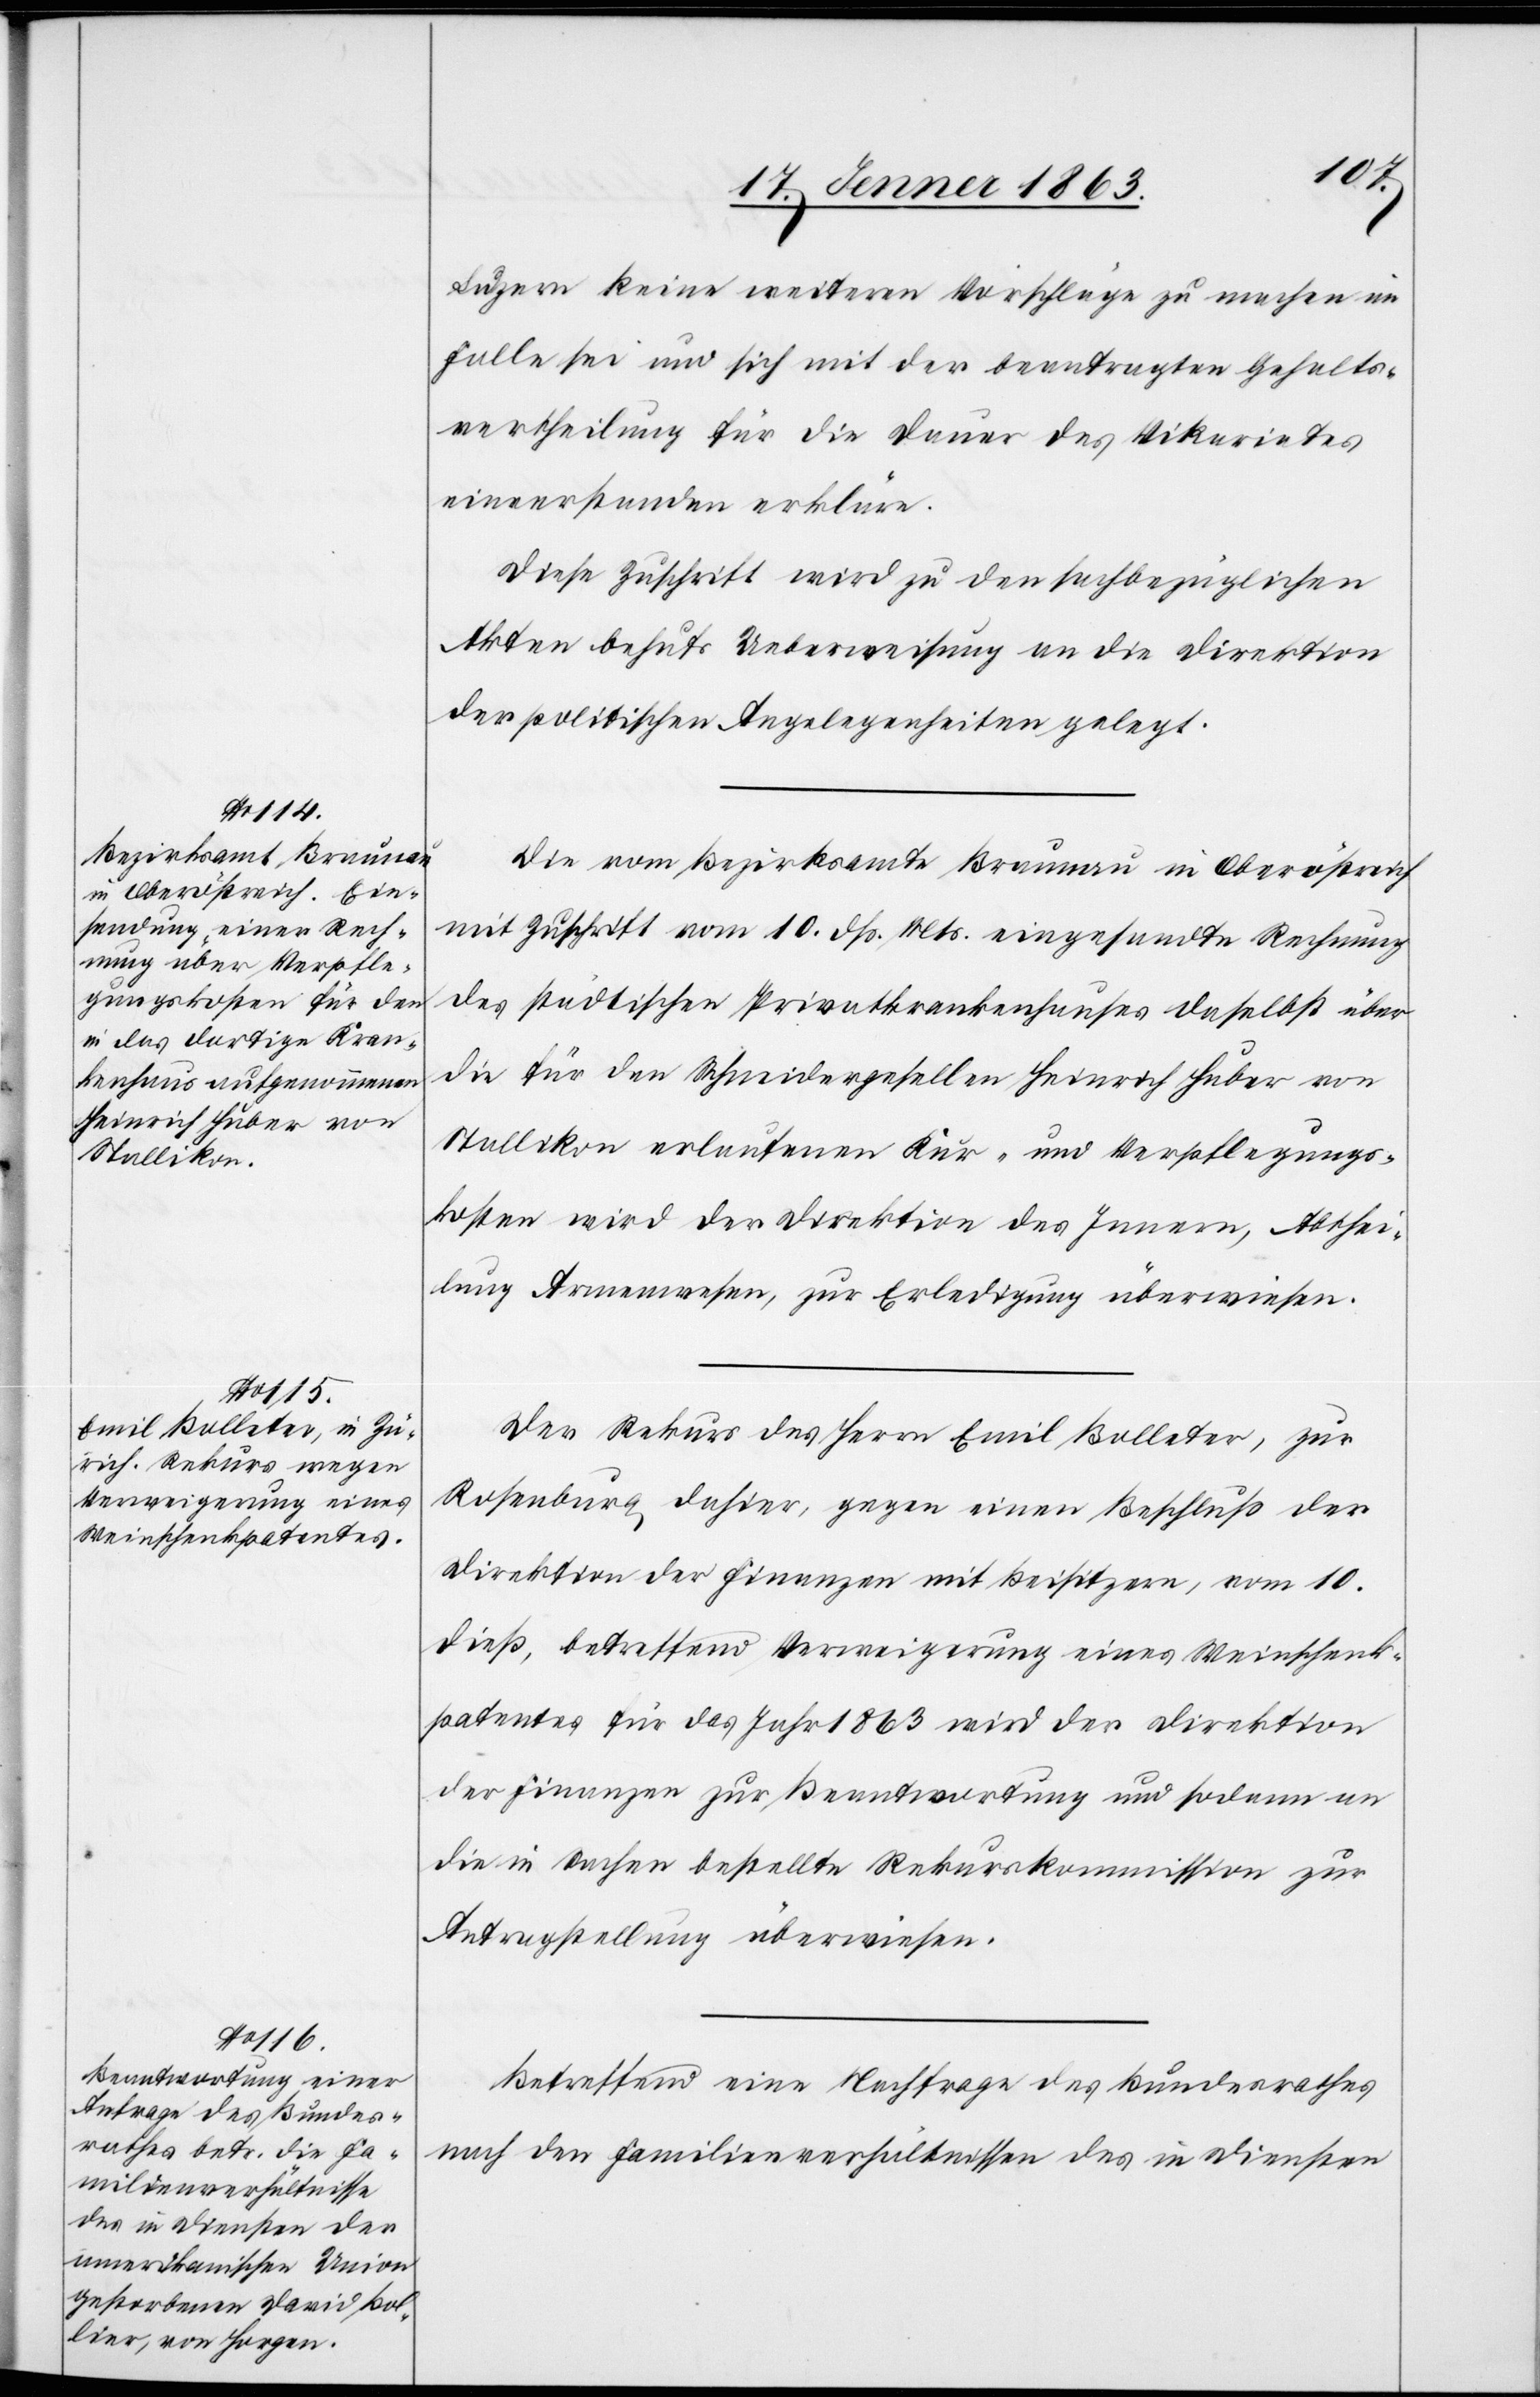
Luzern keine weiteren Vorschläge zu machen im
Falle sei und sich mit der beantragten Gehalts¬
vertheilung für die Dauer des Vikariates
einverstanden erkläre.
Diese Zuschrift wird zu den sachbezüglichen
Akten behufs Ueberweisung an die Direktion
der politischen Angelegenheiten gelegt.
Die vom Bezirksamte Braunau in Oberöstreich
mit Zuschrift vom 10. dß. Mts. eingesandte Rechnung
des städtischen Privatkrankenhauses daselbst über
die für den Schneidergesellen Heinrich Huber von
Stallikon erlaufenen Kur- und Verpflegungs¬
kosten wird der Direktion des Innern, Abthei¬
lung Armenwesen, zur Erledigung überwiesen.
Der Rekurs des Herrn Emil Bolleter, zur
Rosenburg dahier, gegen einen Beschluß der
Direktion der Finanzen mit Beisitzern, vom 10.
dieß, betreffend Verweigerung eines Weinschenk¬
patentes für das Jahr 1863 wird der Direktion
der Finanzen zur Beantwortung und sodann an
die in Sachen bestellte Rekurskommission zur
Antragstellung überwiesen.
Betreffend eine Nachfrage des Bundesrathes
nach den Familienverhältnissen des in Diensten